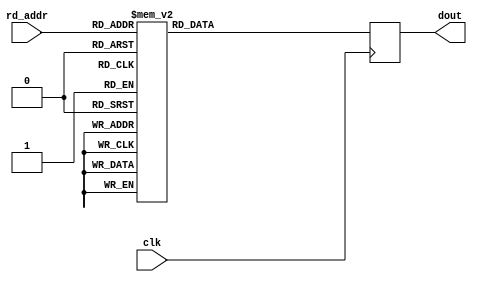
module floating_point_rom_operation (
    input clk,
    input [3:0] rd_addr,
    output reg [7:0] dout
);

always @(posedge clk) begin: blk_rom_operation
    case(rd_addr)
    4'd0: dout <= 8'h48;
    4'd1: dout <= 8'h65;
    4'd2: dout <= 8'ha3;
    4'd3: dout <= 8'h5c;
    4'd4: dout <= 8'hf2;
    4'd5: dout <= 8'hdd;
    4'd6: dout <= 8'h9b;
    4'd7: dout <= 8'h62;
    4'd8: dout <= 8'hd5;
    4'd9: dout <= 8'h0f;
    default: dout <= 8'h0;
    endcase
end

endmodule